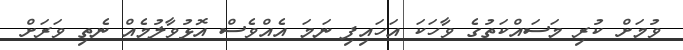
ވުމަށް ކުރި މަސައްކަތުގެ ވާހަކަ އަހައިފި ނަމަ އެއްވެސް އޮޅުވާލުމެއް ނެތި ވަރަށް